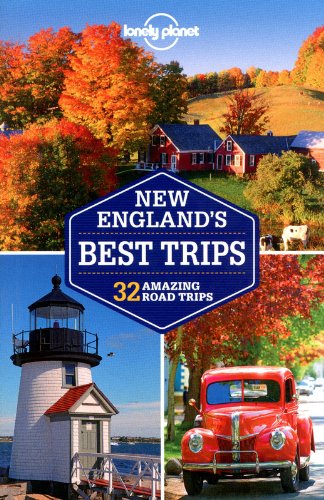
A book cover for Lonely Planet New England's Best Trips (Travel Guide); Lonely Planet; Travel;